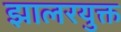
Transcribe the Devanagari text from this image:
झालरयुक्त